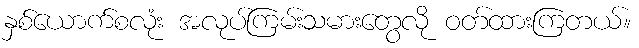
နှစ်ယောက်စလုံး အလုပ်ကြမ်းသမားတွေလို ဝတ်ထားကြတယ်။